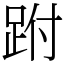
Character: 跗